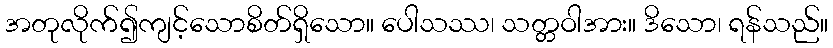
အတုလိုက်၍ကျင့်သောစိတ်ရှိသော။ ပေါသဿ၊ သတ္တဝါအား။ ဒိသော၊ ရန်သည်။